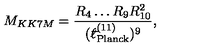
M _ { K K 7 M } = \frac { R _ { 4 } \ldots R _ { 9 } R _ { 1 0 } ^ { 2 } } { ( { } ^ { - } \! \! \! \! \ell _ { \mathrm { P l a n c k } } ^ { ( 1 1 ) } ) ^ { 9 } } ,